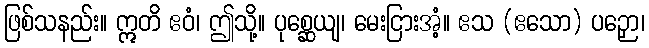
ဖြစ်သနည်း။ ဣတိ ဧဝံ၊ ဤသို့။ ပုစ္ဆေယျ၊ မေးငြားအံ့။ ဧသ (ဧသော) ပဉှော၊